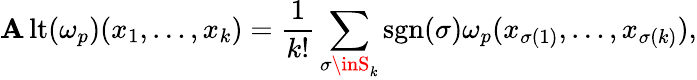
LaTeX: \operatorname{\mathbf{A}lt}(\omega_{p})(x_{1},\dots,x_{k})={\frac{{1}}{{k!}}}\sum_{\sigma\inS_{k}}\operatorname{sgn}(\sigma)\omega_{p}(x_{\sigma(1)},\dots,x_{\sigma(k)}),